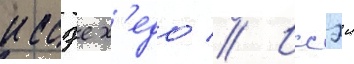
иссэе х'едо // Иссэи